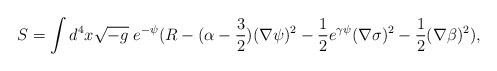
LaTeX: \begin{align*}S=\int d^4 x\sqrt{-g}\; e^{-\psi}(R-(\alpha-\frac{3}{2})(\nabla\psi)^2-\frac{1}{2}e^{\gamma\psi}(\nabla\sigma)^2-\frac{1}{2}(\nabla\beta)^2),\end{align*}